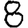
Digit: 8